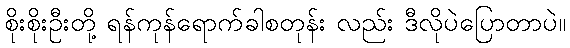
စိုးစိုးဦးတို့ ရန်ကုန်ရောက်ခါစတုန်း လည်း ဒီလိုပဲပြောတာပဲ။